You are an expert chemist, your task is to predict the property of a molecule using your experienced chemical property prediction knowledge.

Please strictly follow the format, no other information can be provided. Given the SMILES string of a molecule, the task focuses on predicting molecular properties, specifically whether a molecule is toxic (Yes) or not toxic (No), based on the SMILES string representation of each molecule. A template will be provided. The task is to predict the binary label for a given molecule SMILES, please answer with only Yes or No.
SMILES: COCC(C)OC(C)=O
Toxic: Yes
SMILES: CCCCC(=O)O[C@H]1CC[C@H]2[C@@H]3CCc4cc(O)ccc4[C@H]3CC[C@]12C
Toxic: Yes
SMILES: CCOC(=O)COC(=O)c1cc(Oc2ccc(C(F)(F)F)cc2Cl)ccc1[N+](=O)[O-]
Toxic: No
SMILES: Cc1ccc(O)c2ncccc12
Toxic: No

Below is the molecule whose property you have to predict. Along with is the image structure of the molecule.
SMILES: CSc1ccc(C(=O)c2[nH]c(=O)[nH]c2C)cc1
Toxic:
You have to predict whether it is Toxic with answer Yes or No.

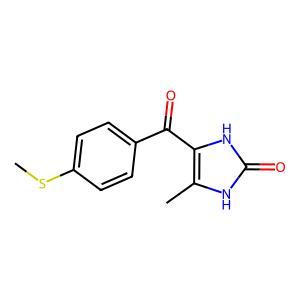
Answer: No